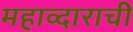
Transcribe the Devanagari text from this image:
महाव्दाराची